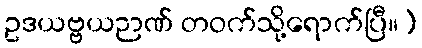
ဥဒယဗ္ဗယဉာဏ် တဝက်သို့ရောက်ပြီ။]